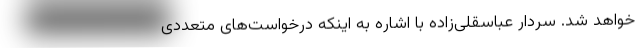
خواهد شد. سردار عباسقلی‌زاده با اشاره به اینکه درخواست‌های متعددی